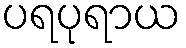
ပရပုရာယ